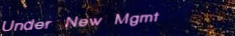
Under New Mgmt